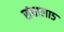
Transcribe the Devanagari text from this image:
संघाला५